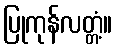
ပြုကုန်လတ္တံ့။